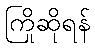
ကြိုဆိုရန်